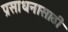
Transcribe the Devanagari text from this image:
प्रसाधनासाठी